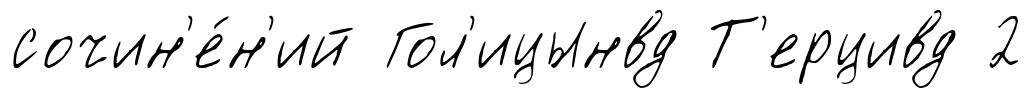
сочин'е́н'ий Гол'ицынвд Т'ерцивд 2